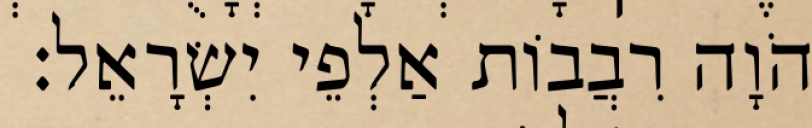
יְהֹוָה רִבֲבוֹת אַלְפֵי יִשְׂרָאֵל׃